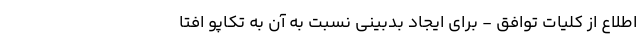
اطلاع از کلیات توافق - برای ایجاد بدبینی نسبت به آن به تکاپو افتا